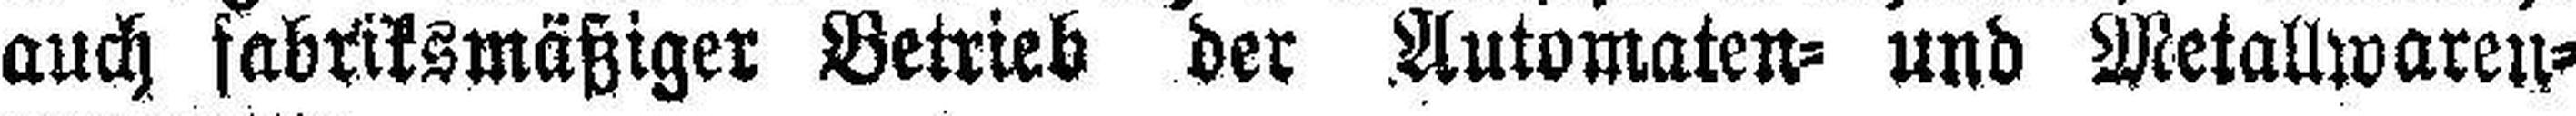
auch fabriksmäßiger Betrieb der Automaten- und Metallwaren¬